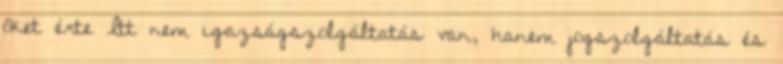
őket érte Itt nem igazságszolgáltatás van, hanem jogszolgáltatás és